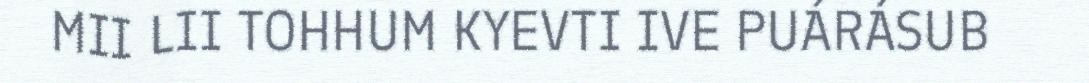
MII LII TOHHUM KYEVTI IVE PUÁRÁSUB